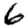
Digit: 6